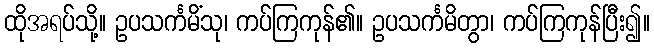
ထိုအရပ်သို့။ ဥပသင်္ကမိံသု၊ ကပ်ကြကုန်၏။ ဥပသင်္ကမိတွာ၊ ကပ်ကြကုန်ပြီး၍။